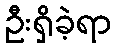
ဦးရှိခဲ့ရာ